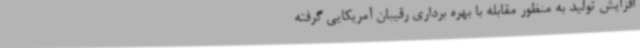
افزایش تولید به منظور مقابله با بهره برداری رقیبان آمریکایی گرفته